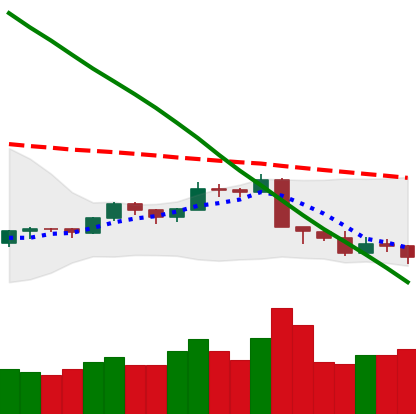
Ticker: LTC-USD
Chart end date: 2018-09-11
Forward return: 8.794%
Label: up_7plus